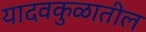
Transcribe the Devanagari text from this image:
यादवकुळातील